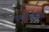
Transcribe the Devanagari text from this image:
वचनोपन्यास